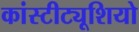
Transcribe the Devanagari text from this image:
कांस्टीट्यूशियो